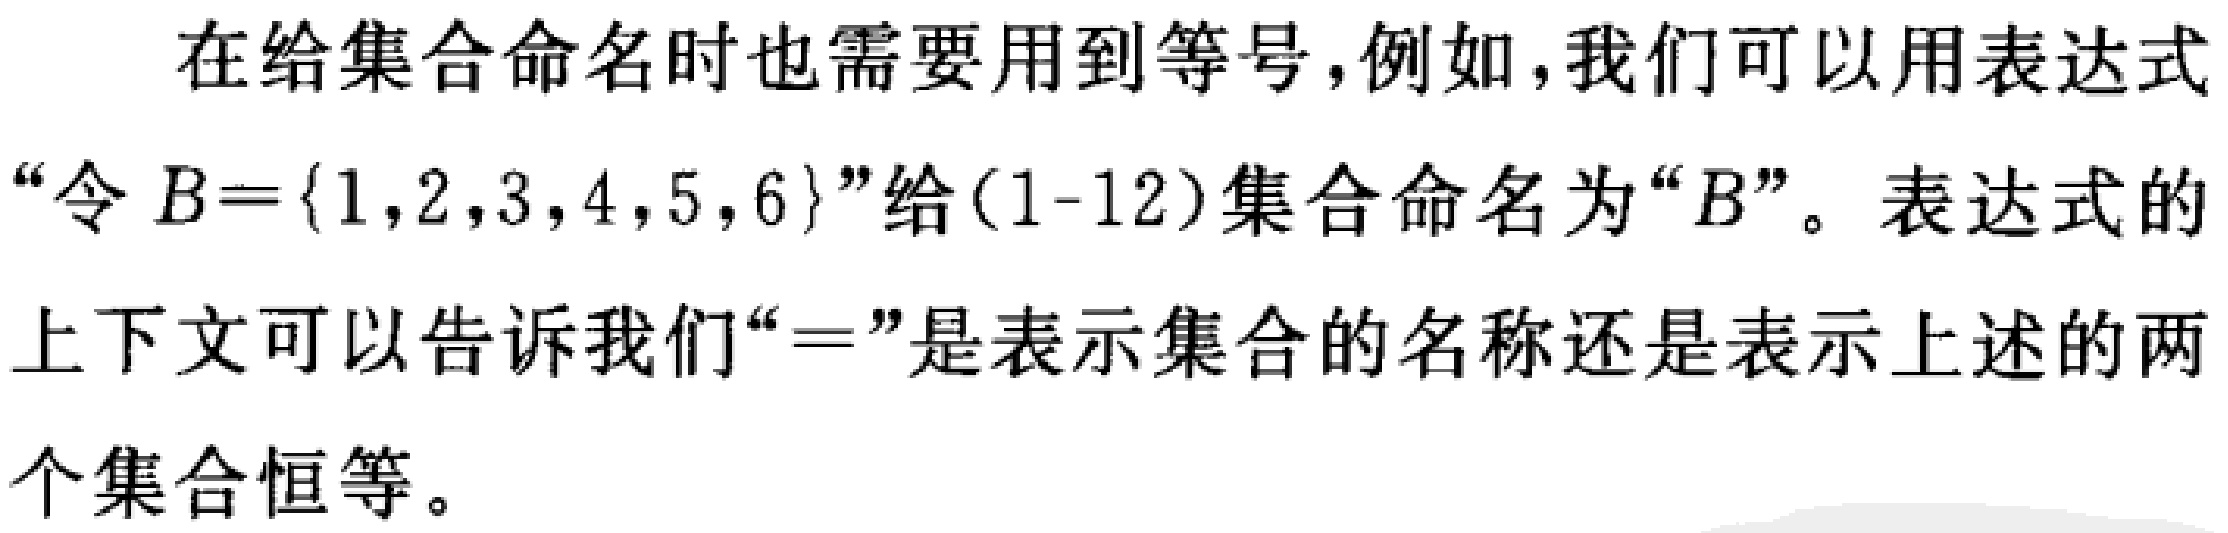
在给集合命名时也需要用到等号,例如,我们可以用表达式“令\(B = \{1,2,3,4,5,6\}\)”给(1-12)集合命名为“\(B\)”。表达式的上下文可以告诉我们“\(=\)”是表示集合的名称还是表示上述的两个集合恒等。